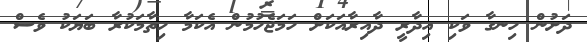
ދަށުން ހިނގާ ވަކި އިދާރީ ދާއިރާއަކަށް ހަމަޖެހުމުން އެކަމާ ހިތާމަކުރާ ބަޔަކު ވެސް